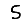
Digit: 5